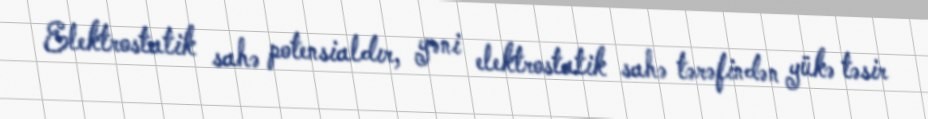
Elektrostatik sahə potensialdır, yəni elektrostatik sahə tərəfindən yükə təsir